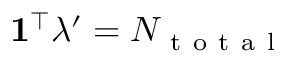
\mathbf { 1 } ^ { \top } \lambda ^ { \prime } = N _ { \mathrm { ~ t ~ o ~ t ~ a ~ l ~ } }